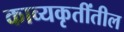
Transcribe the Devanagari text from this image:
काव्यकृतींतील